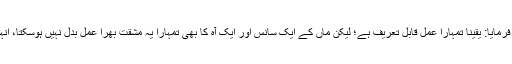
جناب رسول اللہ صلی اللہ علیہ وسلم نے فرمایا: یقینا تمہارا عمل قابل تعریف ہے؛ لیکن ماں کے ایک سانس اور ایک آہ کا بھی تمہارا یہ مشقت بھرا عمل بدل نہیں ہوسکتا، انہوں نے سوال کیا کہ: اے اللہ کے رسول!